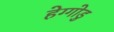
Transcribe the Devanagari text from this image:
हेग्गोडु